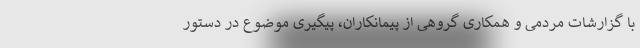
با گزارشات مردمی و همکاری گروهی از پیمانکاران، پیگیری موضوع در دستور